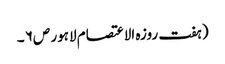
( ہفت روزہ الاعتصام لاہور ص۶ ۔